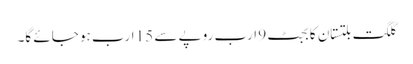
گلگت بلتستان کا بجٹ 9 ارب روپے سے 15 ارب ہو جائے گا۔